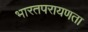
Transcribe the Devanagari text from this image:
भारतपरायणता